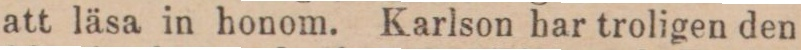
att läsa in honom. Karlson har troligen den